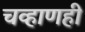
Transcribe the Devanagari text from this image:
चव्हाणही